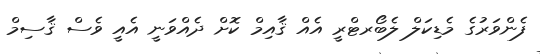
ފެންވަރުގެ މެޑިކަލް ލެބޯރޓްރީ އެއް ޤާއިމް ކޮށް ދެއްވަނީ އެއީ ވެސް ޤާސިމް